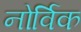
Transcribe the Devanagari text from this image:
नोर्विक